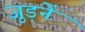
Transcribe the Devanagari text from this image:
जुड़नें